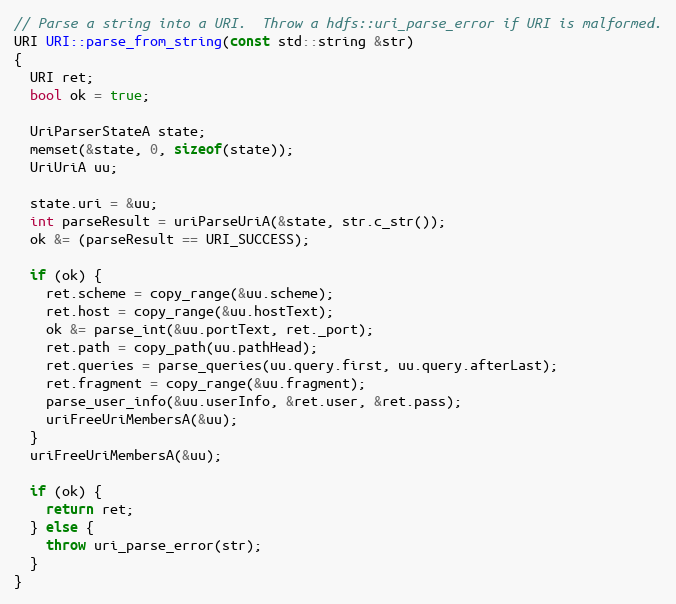
Language: C++
// Parse a string into a URI.  Throw a hdfs::uri_parse_error if URI is malformed.
URI URI::parse_from_string(const std::string &str)
{
  URI ret;
  bool ok = true;

  UriParserStateA state;
  memset(&state, 0, sizeof(state));
  UriUriA uu;

  state.uri = &uu;
  int parseResult = uriParseUriA(&state, str.c_str());
  ok &= (parseResult == URI_SUCCESS);

  if (ok) {
    ret.scheme = copy_range(&uu.scheme);
    ret.host = copy_range(&uu.hostText);
    ok &= parse_int(&uu.portText, ret._port);
    ret.path = copy_path(uu.pathHead);
    ret.queries = parse_queries(uu.query.first, uu.query.afterLast);
    ret.fragment = copy_range(&uu.fragment);
    parse_user_info(&uu.userInfo, &ret.user, &ret.pass);
    uriFreeUriMembersA(&uu);
  }
  uriFreeUriMembersA(&uu);

  if (ok) {
    return ret;
  } else {
    throw uri_parse_error(str);
  }
}